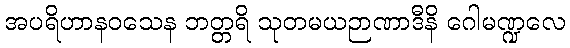
အပရိဟာနဝသေန ဘတ္တရိ သုတမယဉာဏာဒီနိ ဂေါမဏ္ဍလေ